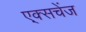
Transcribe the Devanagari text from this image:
ए्क्सचेंज